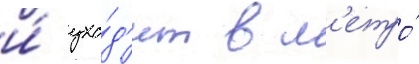
и́ ухо́д'ит в м'етро́